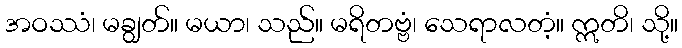
အဝဿံ၊ မချွတ်။ မယာ၊ သည်။ မရိတဗ္ဗံ၊ သေရာလတံ့။ ဣတိ၊ သို့။